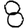
Digit: 8